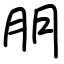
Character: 朋